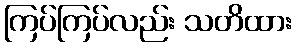
ကြပ်ကြပ်လည်း သတိထား